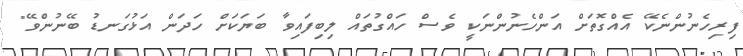
ފިރިހެނުންނެކޭ އެއްގޮތަށް އަންހެނުންނަކީ ވެސް ހައްގުތައް ލިބިފައިވާ ބަޔަކަށް ހަދަން އަޅުގަނޑު ބޭނުންވޭ"